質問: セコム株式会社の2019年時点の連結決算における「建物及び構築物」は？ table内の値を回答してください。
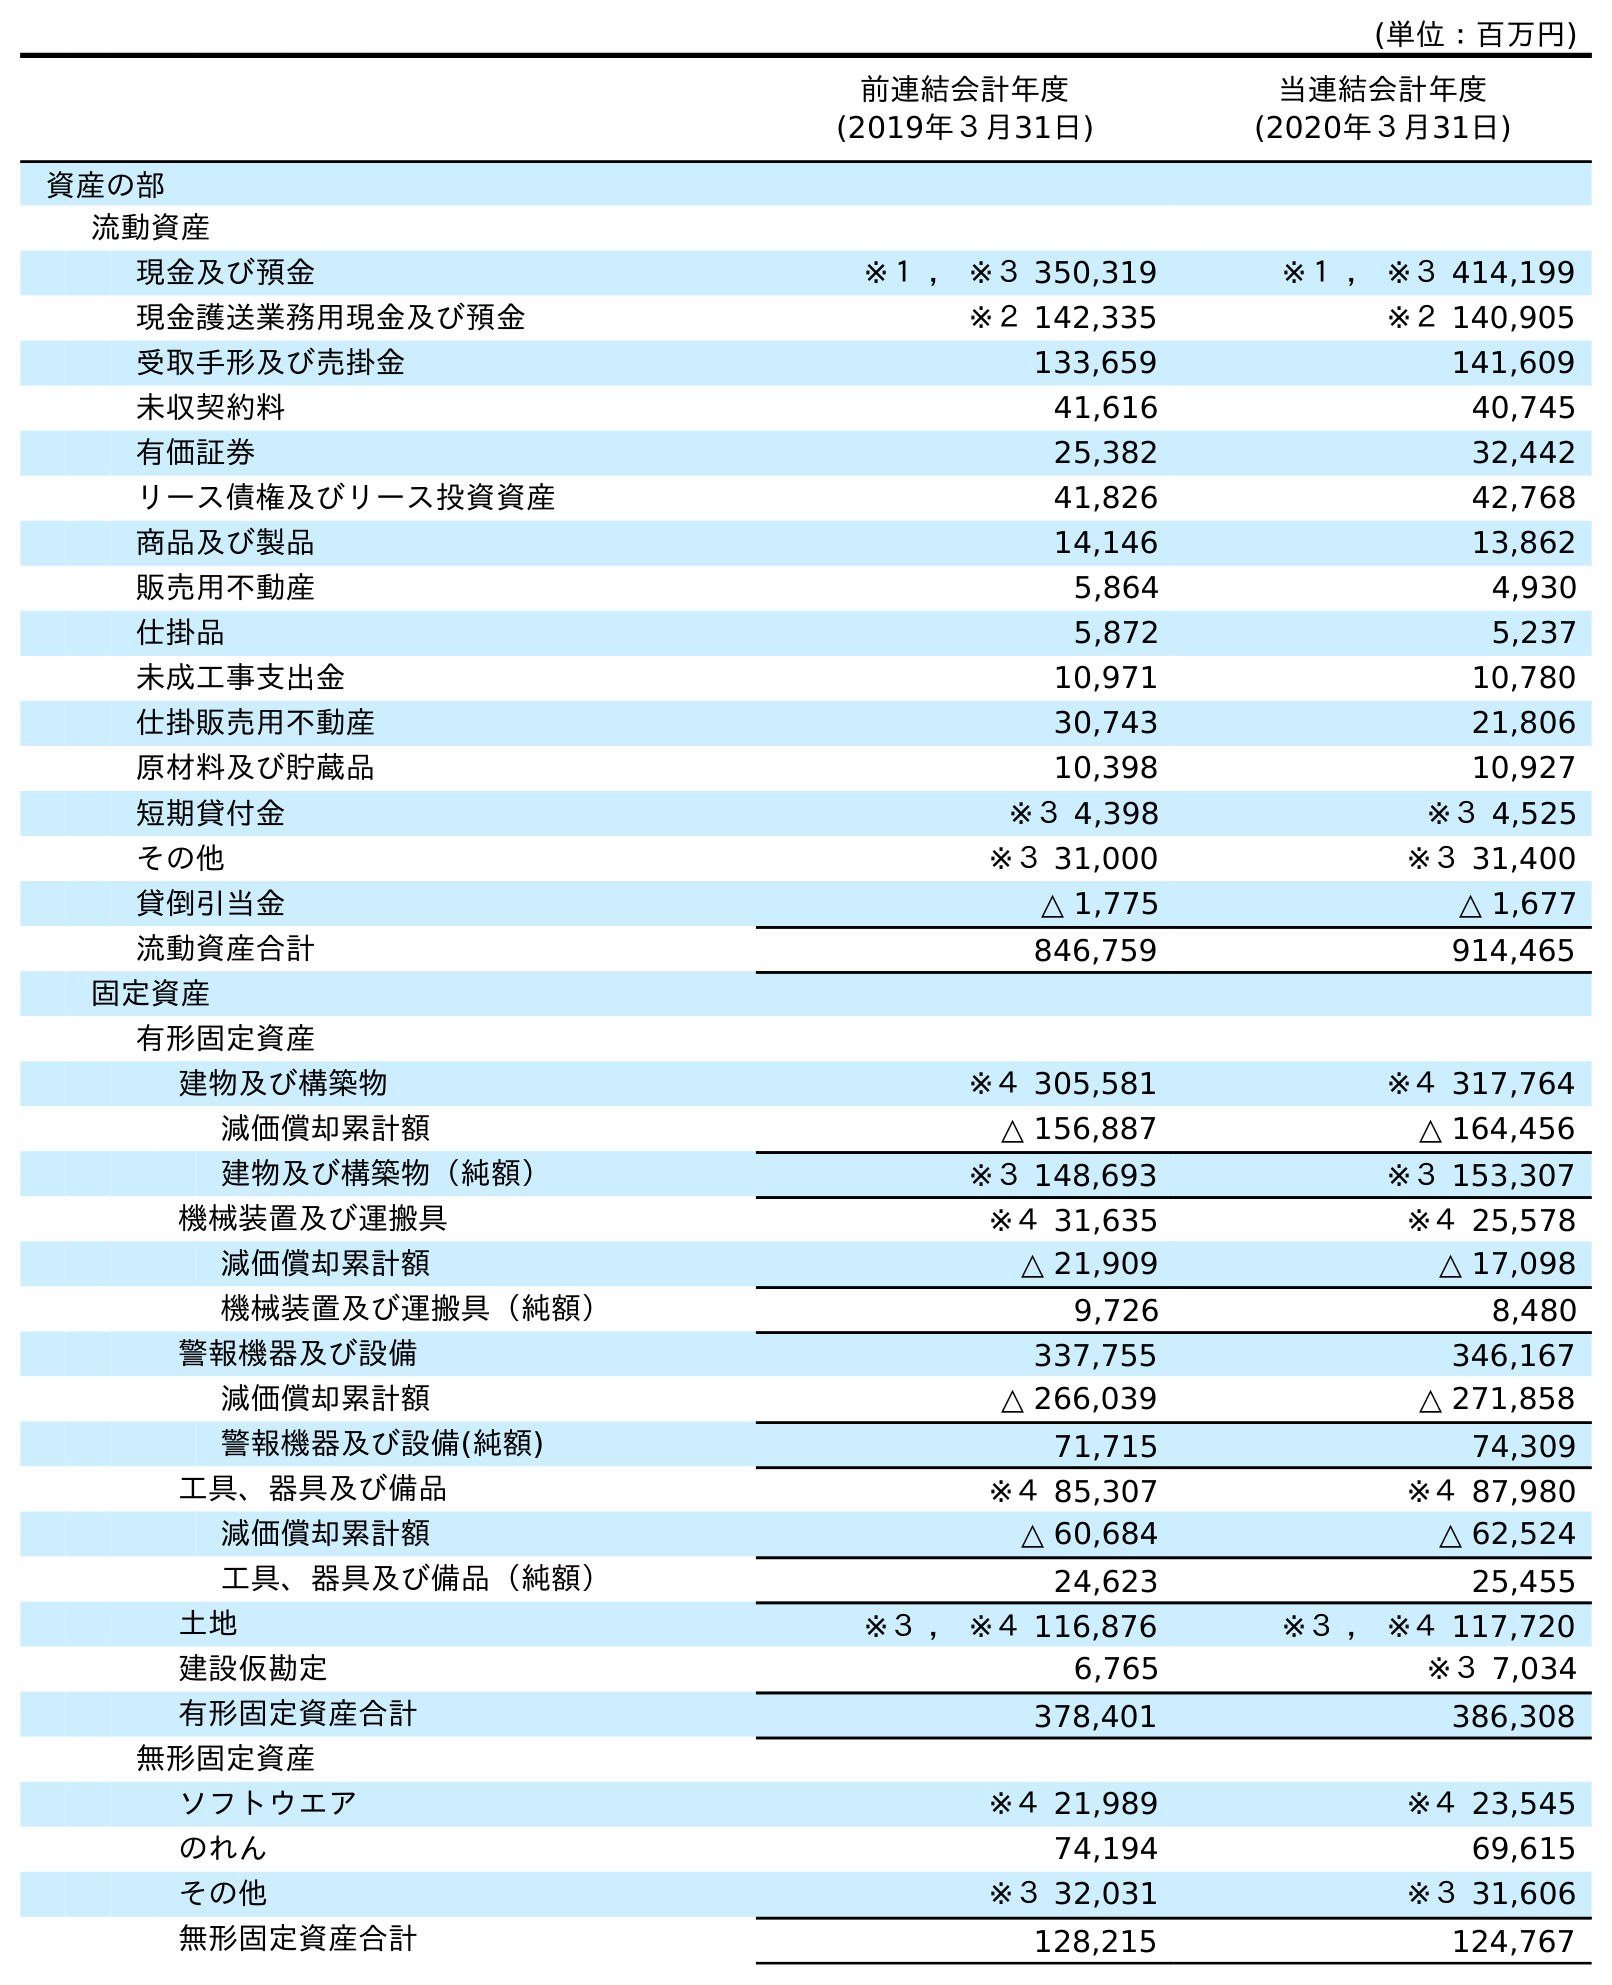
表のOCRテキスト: (単位：百万円) 前連結会計年度 (2019年３月31日) 当連結会計年度 (2020年３月31日) 資産の部 流動資産 現金及び預金 ※１ ， ※３ 350,319 ※１ ， ※３ 414,199 現金護送業務用現金及び預金 ※２ 142,335 ※２ 140,905 受取手形及び売掛金 133,659 141,609 未収契約料 41,616 40,745 有価証券 25,382 32,442 リース債権及びリース投資資産 41,826 42,768 商品及び製品 14,146 13,862 販売用不動産 5,864 4,930 仕掛品 5,872 5,237 未成工事支出金 10,971 10,780 仕掛販売用不動産 30,743 21,806 原材料及び貯蔵品 10,398 10,927 短期貸付金 ※３ 4,398 ※３ 4,525 その他 ※３ 31,000 ※３ 31,400 貸倒引当金 △ 1,775 △ 1,677 流動資産合計 846,759 914,465 固定資産 有形固定資産 建物及び構築物 ※４ 305,581 ※４ 317,764 減価償却累計額 △ 156,887 △ 164,456 建物及び構築物（純額） ※３ 148,693 ※３ 153,307 機械装置及び運搬具 ※４ 31,635 ※４ 25,578 減価償却累計額 △ 21,909 △ 17,098 機械装置及び運搬具（純額） 9,726 8,480 警報機器及び設備 337,755 346,167 減価償却累計額 △ 266,039 △ 271,858 警報機器及び設備(純額) 71,715 74,309 工具、器具及び備品 ※４ 85,307 ※４ 87,980 減価償却累計額 △ 60,684 △ 62,524 工具、器具及び備品（純額） 24,623 25,455 土地 ※３ ， ※４ 116,876 ※３ ， ※４ 117,720 建設仮勘定 6,765 ※３ 7,034 有形固定資産合計 378,401 386,308 無形固定資産 ソフトウエア ※４ 21,989 ※４ 23,545 のれん 74,194 69,615 その他 ※３ 32,031 ※３ 31,606 無形固定資産合計 128,215 124,767
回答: ※４305,581